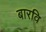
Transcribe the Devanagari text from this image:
बारवि